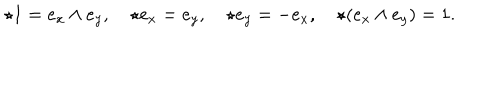
\star 1 = e _ { x } \wedge e _ { y } , \quad \star e _ { x } = e _ { y } , \quad \star e _ { y } = - e _ { x } , \quad \star ( e _ { x } \wedge e _ { y } ) = 1 .